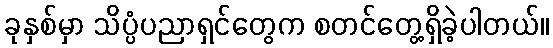
ခုနှစ်မှာ သိပ္ပံပညာရှင်တွေက စတင်တွေ့ရှိခဲ့ပါတယ်။